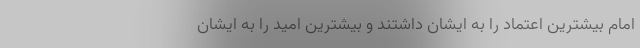
امام بیشترین اعتماد را به ایشان داشتند و بیشترین امید را به ایشان